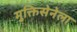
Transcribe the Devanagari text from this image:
मुक्तिसेनेला